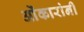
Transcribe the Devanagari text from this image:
ओंकारांनी